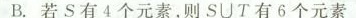
B.若S有4个元素，则S\cup T有6个元素